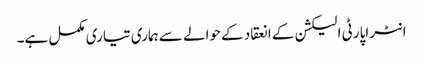
انٹراپارٹی الیکشن کے انعقاد کے حوالے سے ہماری تیاری مکمل ہے۔